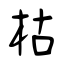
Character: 枯